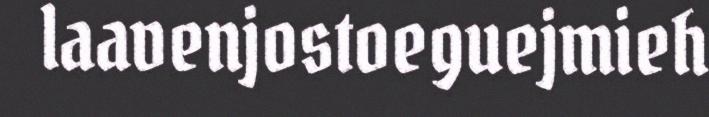
laavenjostoeguejmieh